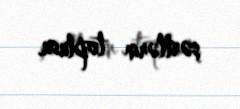
şərtlərin toplusu.